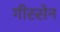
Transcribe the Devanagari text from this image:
गीस्सेन